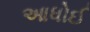
આધોઈ